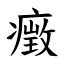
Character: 㿂